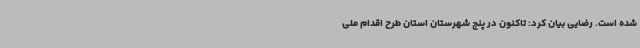
شده است. رضایی بیان کرد: تاکنون در پنج شهرستان استان طرح اقدام ملی